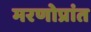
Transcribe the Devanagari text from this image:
मरणोप्रांत